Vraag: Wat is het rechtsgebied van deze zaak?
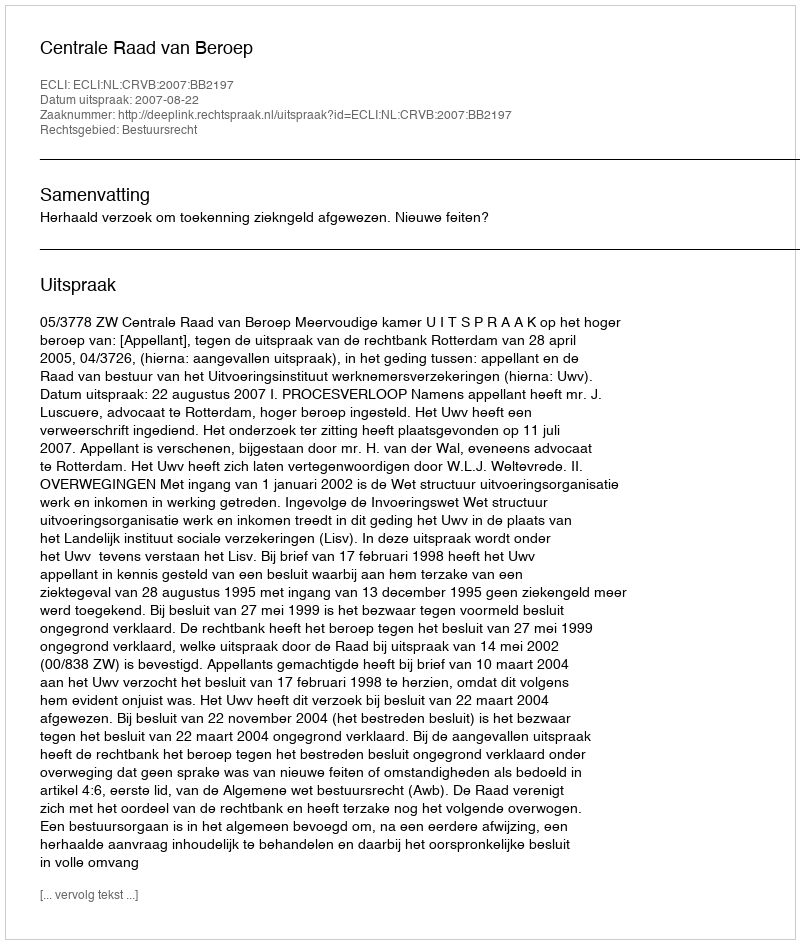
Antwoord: Bestuursrecht